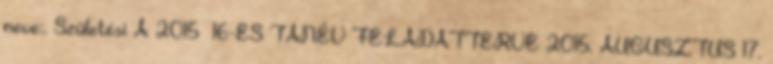
neve:. Születési A 2015 16-ES TANÉV FELADATTERVE 2015. AUGUSZTUS 17.